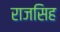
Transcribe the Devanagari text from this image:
राजसिह